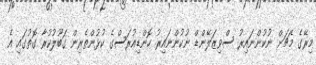
މިރޭގެ މެޗަށް ނުކުންނައިރު ސްވިޒަލޭންޑް ނުކުންނައިރު ހޮންޑިއުރަސްގެ ކުޅުންތެރިން ގަބޫލުކުރާ ގޮތުގައި އެ